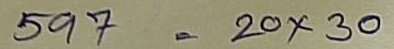
597 = 20 x 30